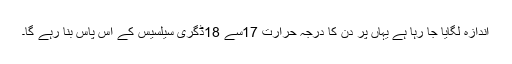
اندازہ لگایا جا رہا ہے یہاں پر دن کا درجہ حرارت 17سے 18ڈگری سیلسیس کے آس پاس بنا رہے گا۔